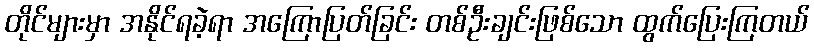
တိုင်များမှာ အနိုင်ရခဲ့ရာ အကြောပြတ်ခြင်း တစ်ဦးချင်းဖြစ်သော ထွက်ပြေးကြတယ်